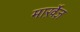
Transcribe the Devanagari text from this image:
मार्ख़ेज़